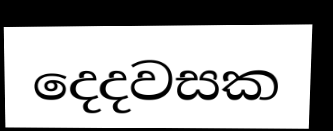
දෙදවසක